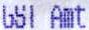
GST AMT